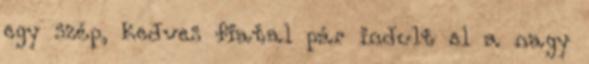
egy szép, kedves fiatal pár indult el a nagy